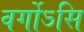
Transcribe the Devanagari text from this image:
वर्गोऽसि